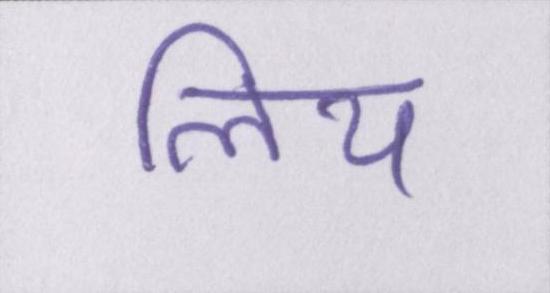
लिय